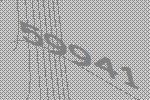
59941